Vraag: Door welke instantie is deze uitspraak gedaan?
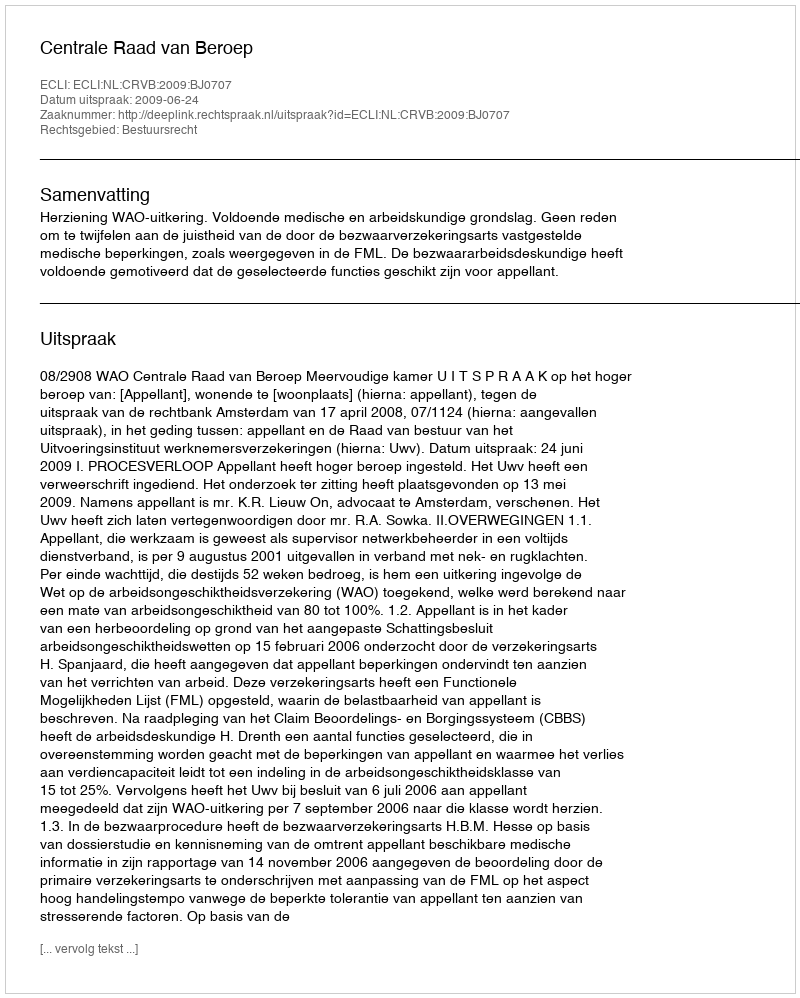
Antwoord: Centrale Raad van Beroep